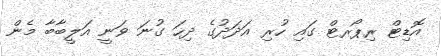
އޮޑިޓް ރިޕޯރޓް ގައި ހުރި އަދަދުގެ ދިހަ ގުނަ ވަނީ އަލީބާބާ މެން